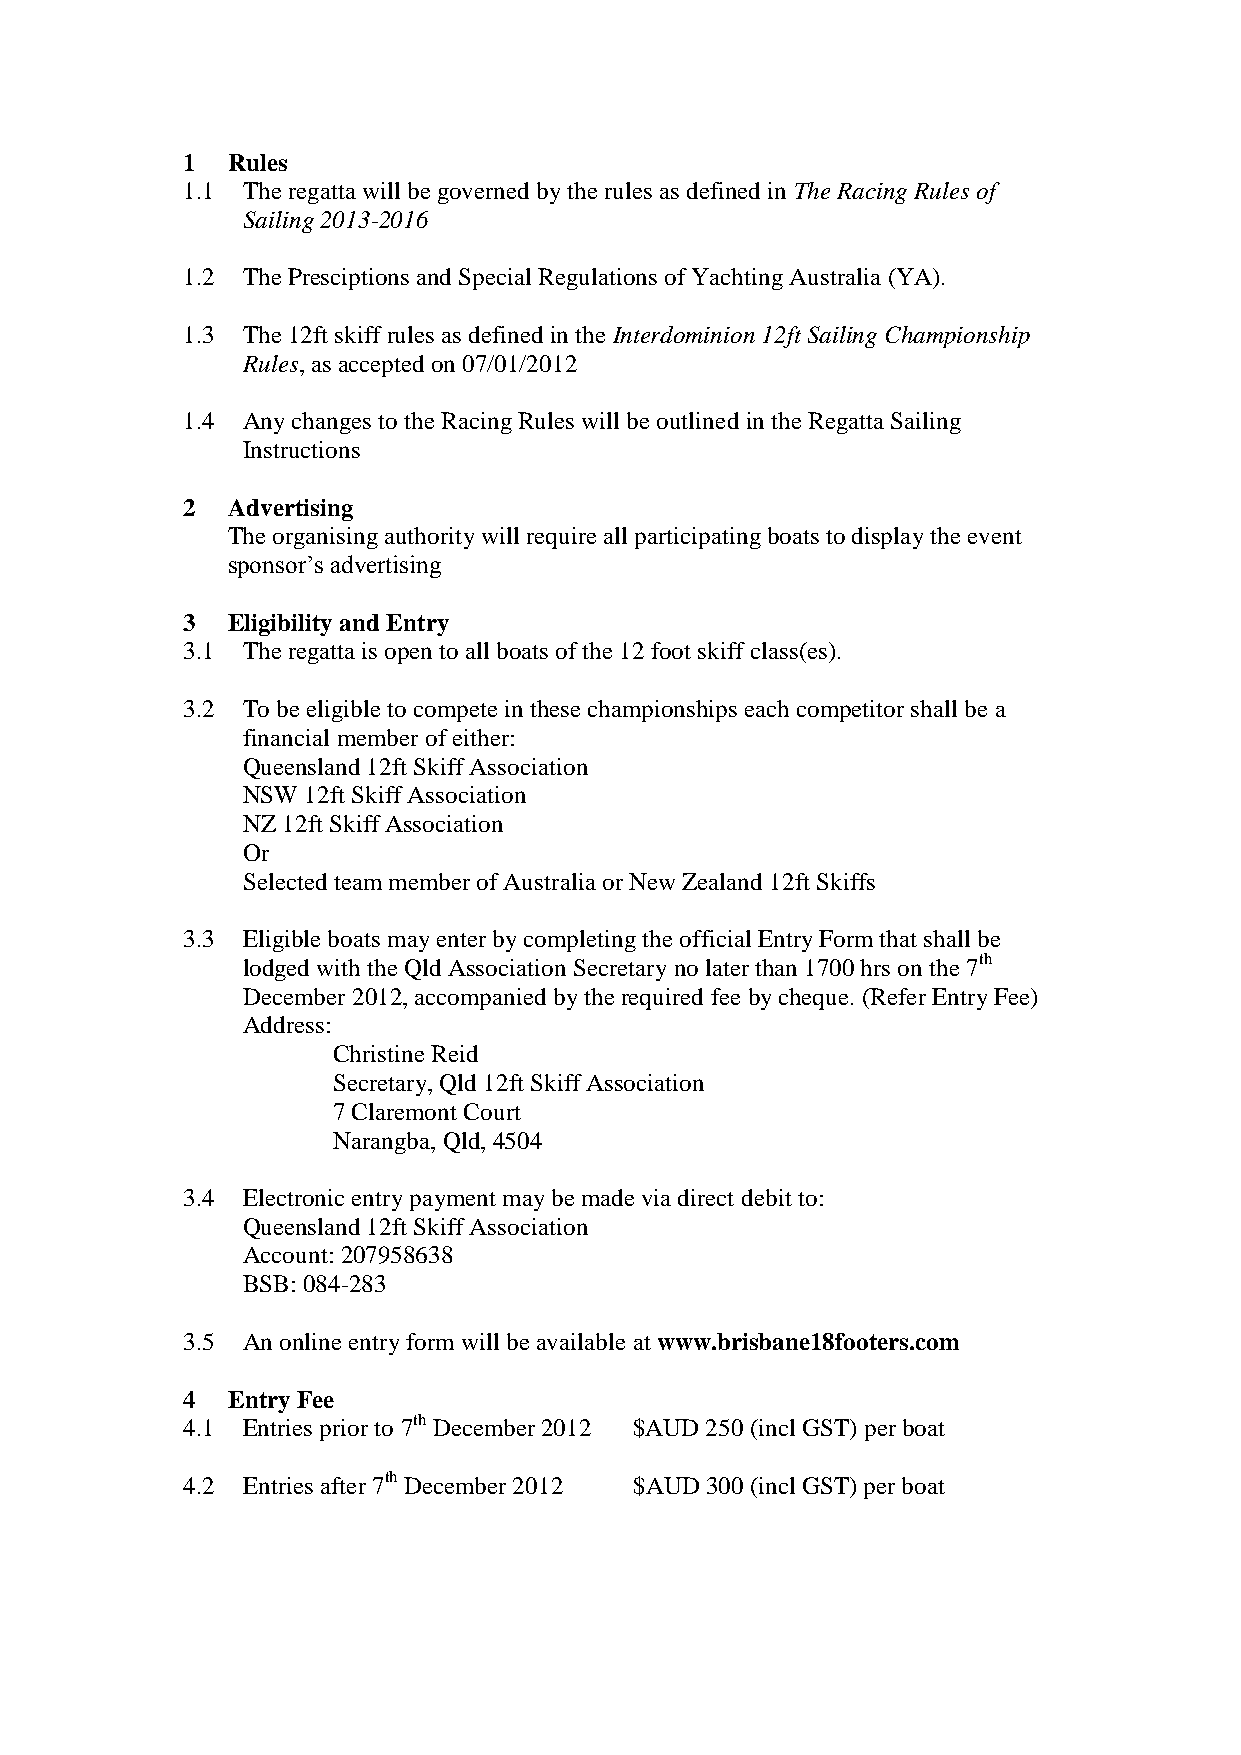
1  Rules
 1.1 The regatta will be governed by the rules as defined in The Racing Rules of
 Sailing 2013-2016
 1.2 The Presciptions and Special Regulations of Yachting Australia (YA).
 1.3 The 12ft skiff rules as defined in the Interdominion 12ft Sailing Championship
 Rules, as accepted on 07/01/2012
 1.4 Any changes to the Racing Rules will be outlined in the Regatta Sailing
 Instructions
 2  Advertising
 The organising authority will require all participating boats to display the event
 sponsor’s advertising
 3  Eligibility and Entry
 3.1 The regatta is open to all boats of the 12 foot skiff class(es).
 3.2 To be eligible to compete in these championships each competitor shall be a
 financial member of either:
 Queensland 12ft Skiff Association
 NSW 12ft Skiff Association
 NZ 12ft Skiff Association
 Or
 Selected team member of Australia or New Zealand 12ft Skiffs
 3.3 Eligible boats may enter by completing the official Entry Form that shall be
 lodged with the Qld Association Secretary no later than 1700 hrs on the 7th
 December 2012, accompanied by the required fee by cheque. (Refer Entry Fee)
 Address:
 Christine Reid
 Secretary, Qld 12ft Skiff Association
 7 Claremont Court
 Narangba, Qld, 4504
 3.4 Electronic entry payment may be made via direct debit to:
 Queensland 12ft Skiff Association
 Account: 207958638
 BSB: 084-283
 3.5 An online entry form will be available at www.brisbane18footers.com
 4  Entry Fee
 4.1 Entries prior to 7th December 2012 $AUD 250 (incl GST) per boat
 4.2 Entries after 7th December 2012 $AUD 300 (incl GST) per boat